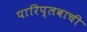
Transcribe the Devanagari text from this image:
पारिप्लवाची